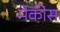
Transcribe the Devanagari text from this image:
मेकीस